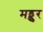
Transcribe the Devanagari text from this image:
मड्डुर